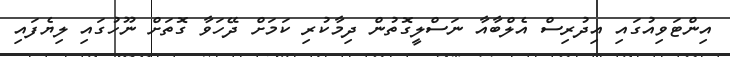
އިންޓަވިއުގައި އިދުރިސް އެލްބާއާ ނަސްލީގޮތުން ދިމާކުރި ކަމަށް ދޭހަވާ ގޮތަށް ނޫހުގައި ލިޔެފައި